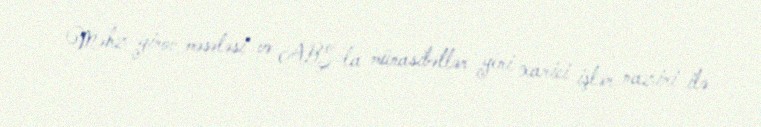
Məhz girov məsələsi və ABŞ-la münasibətlər yeni xarici işlər naziri ilə